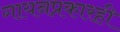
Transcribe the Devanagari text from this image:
गायनप्रकारही